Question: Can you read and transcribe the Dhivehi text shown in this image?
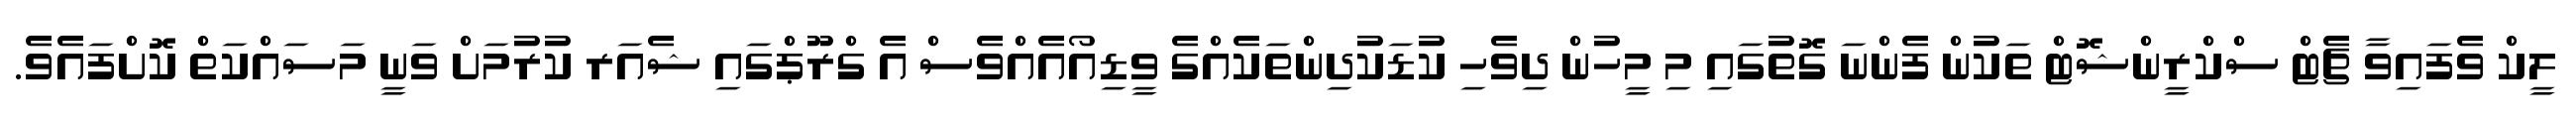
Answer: ލީކް ވެފައިވާ ޗެޓް ސްކްރީންޝޮޓް ތަކުން ފެންނަ ގޮތުގައި މި މީހުން ދިވެހި ކުޑަކުދިންތަކެއްގެ ވީޑިއޯއެއްވެސް އެ ގްރޫޕްގައި ޝެއަރ ކުރުމަށް ވަނީ މަސައްކަތް ކޮށްފައެވެ.